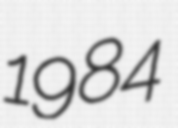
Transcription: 1984